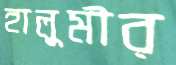
হালুমীর